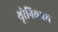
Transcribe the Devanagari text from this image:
यूरेनिययम